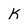
Character: K